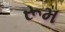
રૂમ